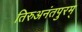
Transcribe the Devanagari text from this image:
तिरुअनंतपुरम्